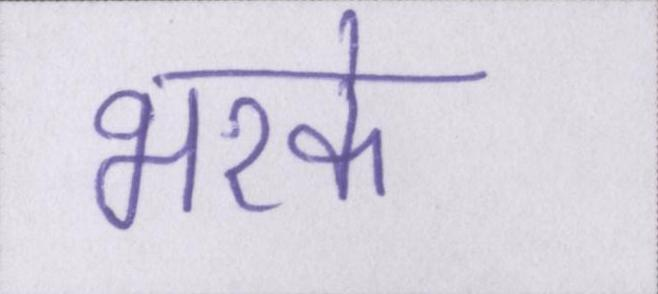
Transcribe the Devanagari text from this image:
भरके